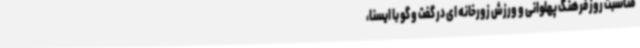
مناسبت روز فرهنگ پهلوانی و ورزش زورخانه ای در گفت و گو با ایسنا،